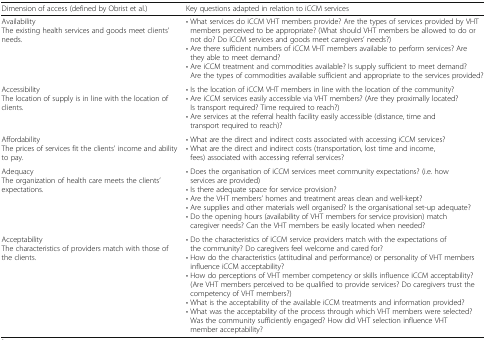
<table><thead><tr><td><b>Dimension of access (defined by Obrist et al.)</b></td><td><b>Key questions adapted in relation to iCCM services</b></td></tr></thead><tbody><tr><td>AvailabilityThe existing health services and goods meet clients’ needs.</td><td>• What services do iCCM VHT members provide? Are the types of services provided by VHT members perceived to be appropriate? (What should VHT members be allowed to do or not do? Do iCCM services and goods meet caregivers’ needs?)• Are there sufficient numbers of iCCM VHT members available to perform services? Are they able to meet demand?• Are iCCM treatment and commodities available? Is supply sufficient to meet demand? Are the types of commodities available sufficient and appropriate to the services provided?</td></tr><tr><td>AccessibilityThe location of supply is in line with the location of clients.</td><td>• Is the location of iCCM VHT members in line with the location of the community?• Are iCCM services easily accessible via VHT members? (Are they proximally located? Is transport required? Time required to reach?)• Are services at the referral health facility easily accessible (distance, time and transport required to reach)?</td></tr><tr><td>AffordabilityThe prices of services fit the clients’ income and ability to pay.</td><td>• What are the direct and indirect costs associated with accessing iCCM services?• What are the direct and indirect costs (transportation, lost time and income, fees) associated with accessing referral services?</td></tr><tr><td>AdequacyThe organization of health care meets the clients’ expectations.</td><td>• Does the organisation of iCCM services meet community expectations? (i.e. how services are provided)• Is there adequate space for service provision?• Are the VHT members’ homes and treatment areas clean and well-kept?• Are supplies and other materials well organised? Is the organisational set-up adequate?• Do the opening hours (availability of VHT members for service provision) match caregiver needs? Can the VHT members be easily located when needed?</td></tr><tr><td>AcceptabilityThe characteristics of providers match with those of the clients.</td><td>• Do the characteristics of iCCM service providers match with the expectations of the community? Do caregivers feel welcome and cared for?• How do the characteristics (attitudinal and performance) or personality of VHT members influence iCCM acceptability?• How do perceptions of VHT member competency or skills influence iCCM acceptability? (Are VHT members perceived to be qualified to provide services? Do caregivers trust the competency of VHT members?)• What is the acceptability of the available iCCM treatments and information provided?• What was the acceptability of the process through which VHT members were selected? Was the community sufficiently engaged? How did VHT selection influence VHT member acceptability?</td></tr></tbody></table>